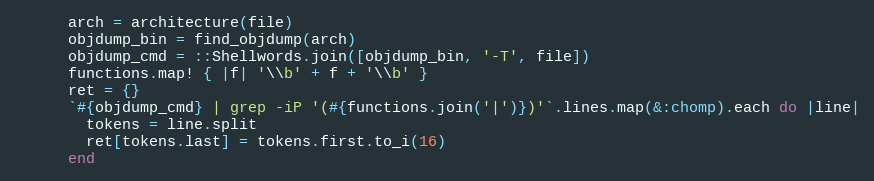
Language: Ruby
      arch = architecture(file)
      objdump_bin = find_objdump(arch)
      objdump_cmd = ::Shellwords.join([objdump_bin, '-T', file])
      functions.map! { |f| '\\b' + f + '\\b' }
      ret = {}
      `#{objdump_cmd} | grep -iP '(#{functions.join('|')})'`.lines.map(&:chomp).each do |line|
        tokens = line.split
        ret[tokens.last] = tokens.first.to_i(16)
      end